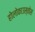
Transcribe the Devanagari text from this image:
होलोकाउस्तोस